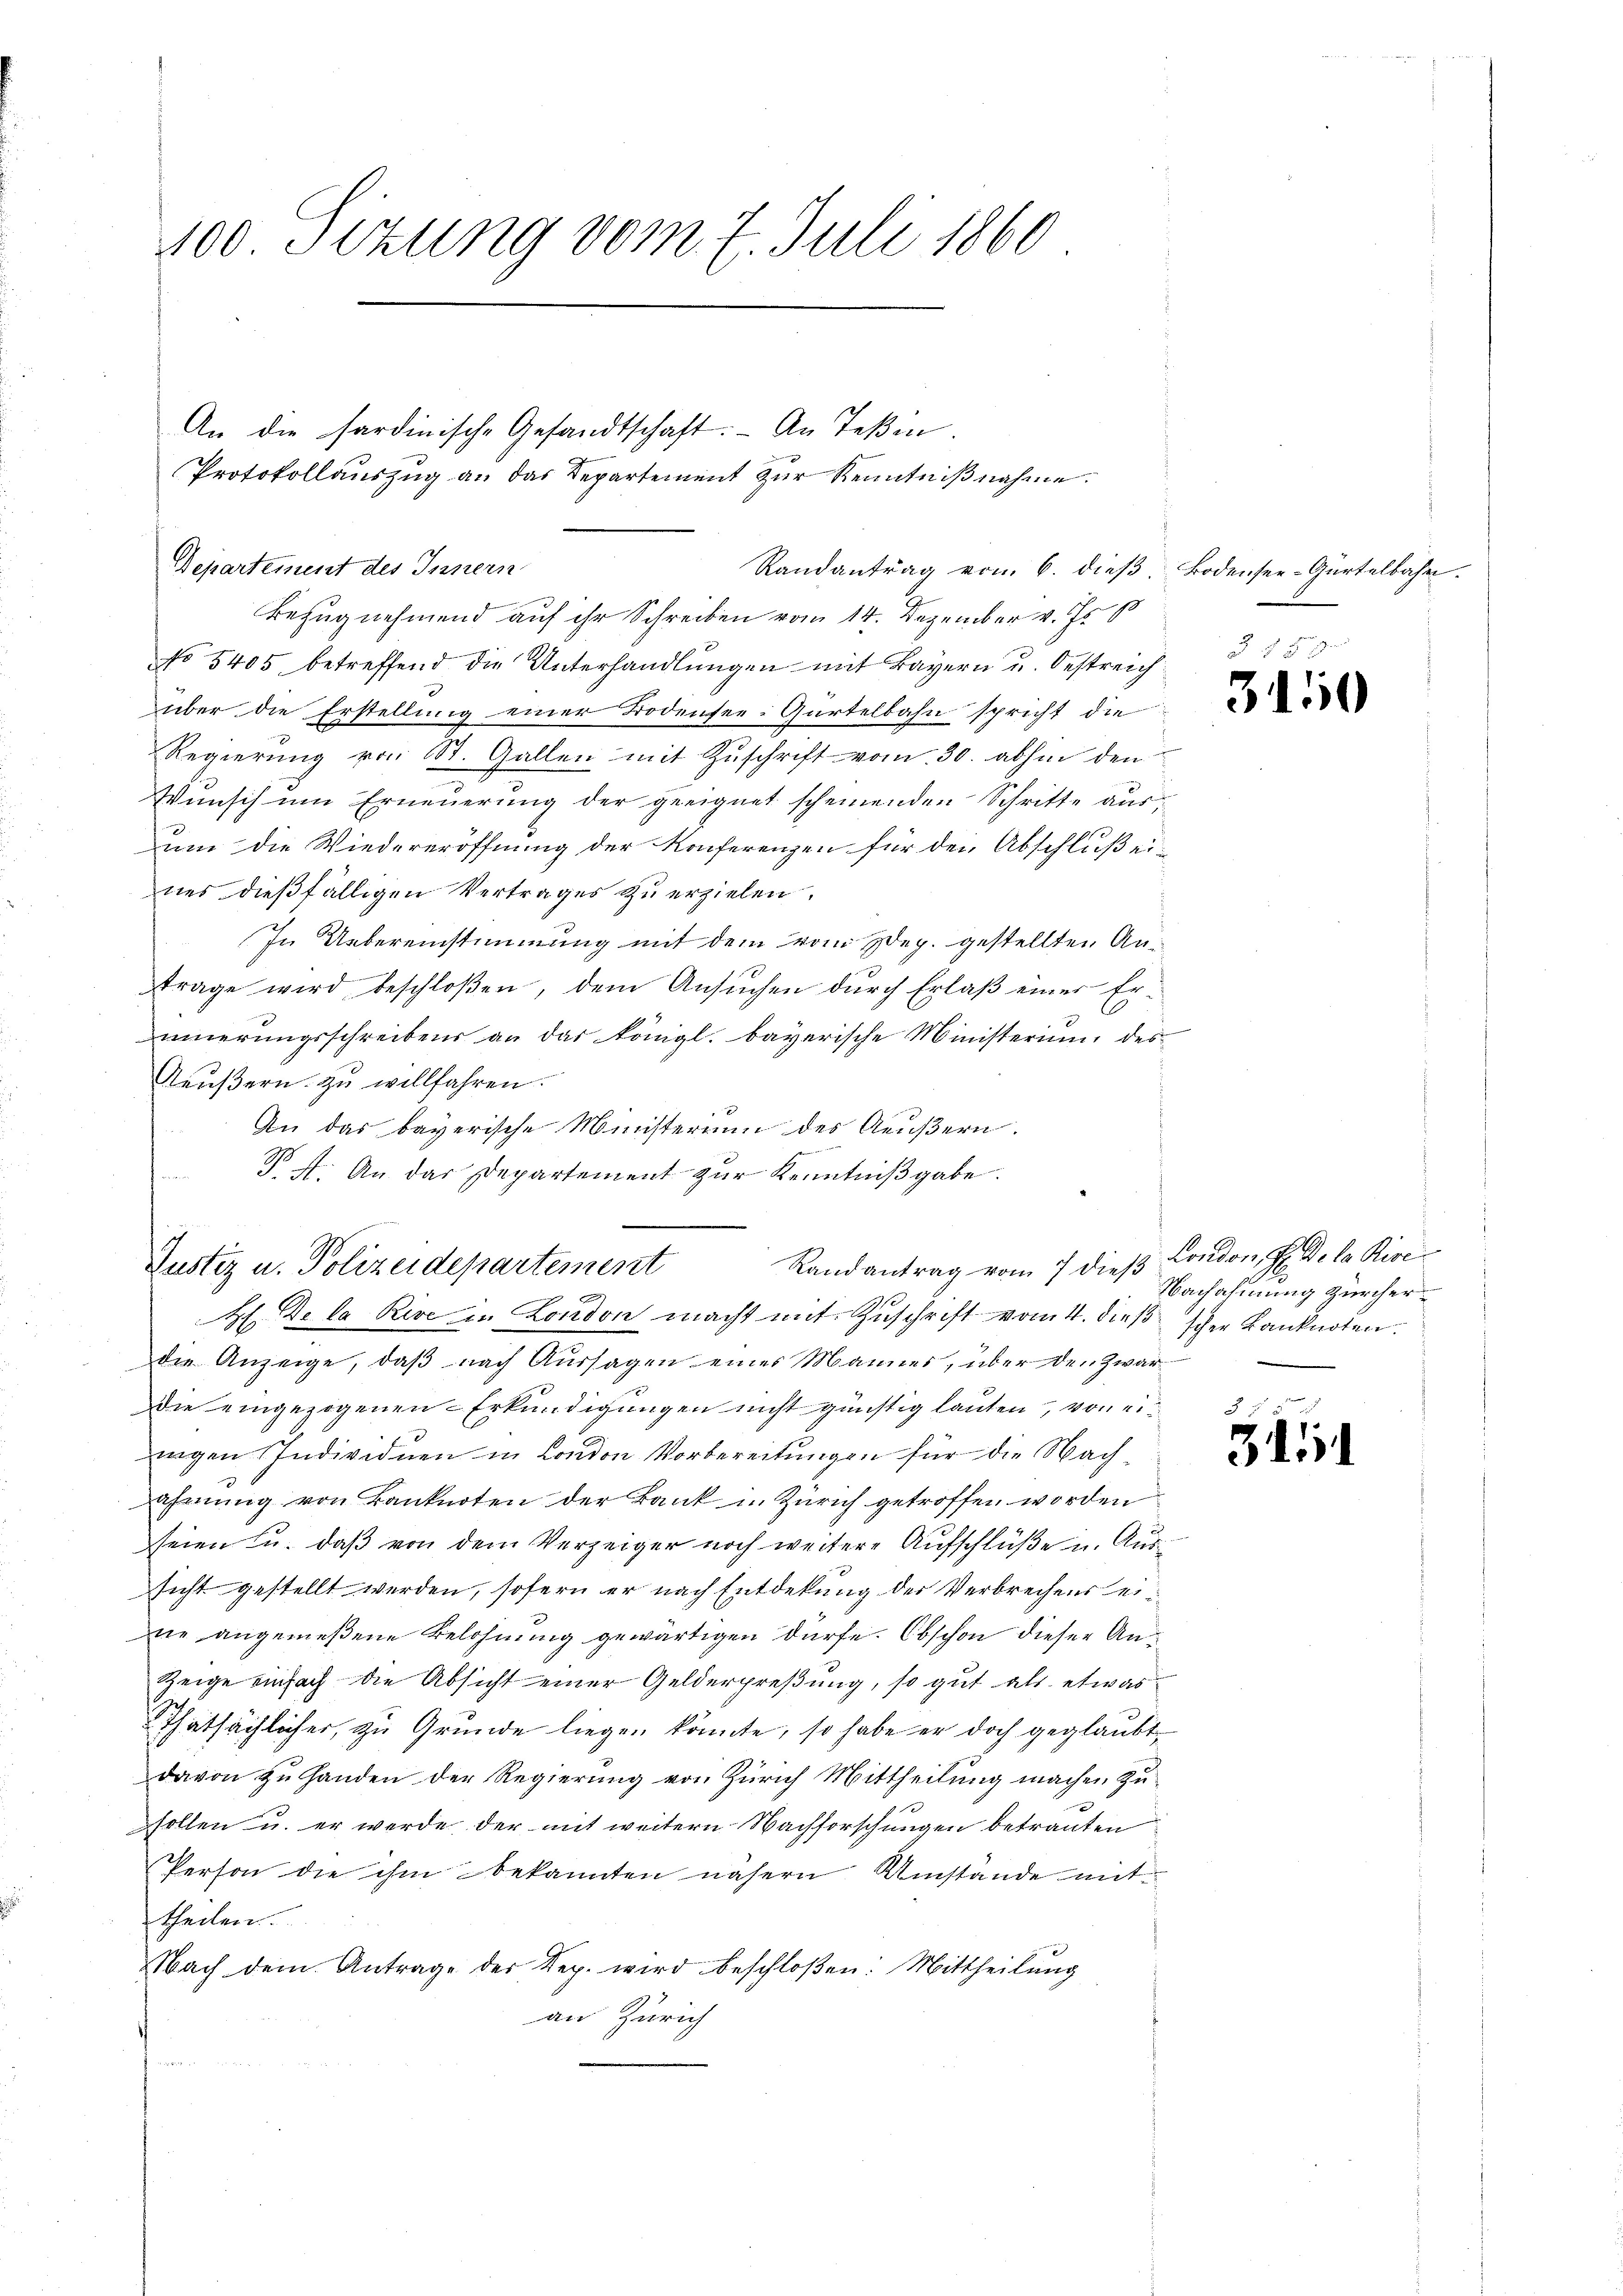
400. Sitzung vom 7. Juli 1860

Departement des Innern

Bezugnehmend auf ihr Schreiben vom 14. Dezember v. Js. s
No 5405, betreffend die Unterhandlungen mit Bayern u. Oestreich
über die Erstellung einer Bodensee-Gürtelbahn spricht die
Regierung von St. Gallen mit Zuschrift vom 30. abhin den
Wŭnsch ŭm Erneŭerŭng der geeignet scheinenden Schritte aŭs-
um die Wiedereröffnung der Konferenzen für den Abschluß eines dießfälligen Vertrages zu erzielen.
In Uebereinstimmung mit dem vom Weg. gestellten Antrage wird beschloßen, dem Ansuchen durch Erlaß einer Erinnerungsschreibens an das königl. bayerische Ministerium des
Teußern zu willfahren.
An das bayerische Ministerium des Aeŭβern.
N. f. An das Departement zŭr Kenntniβgabe.
.

An die sardinische Gesandtschaft. - An Teßin.
Protokollaŭszŭg an das Departement zŭr Kenntniβnahme.

Randantrag vom 6. dieβ. Bodensee-Gürtelbahn.

Justiz u. Polizeidepartement
Randantrag vom 7 die
H. De la Rive zu London macht mit Zuschrift vom 4. dieß scher Banknoten.

die Anzeige, daβ nach Aussagen eines Mannes, über den Zwar
die eingezogenen Erkundigungen nicht günstig lauten, von ei
.
nigen Individuen in London Vorbereitungen für die Nach
ahnŭng von Banknoten der Bank in Zürich getroffen worden
seien u. daß von dem Verzeiger noch weitere Aufschlüße u. Aussicht gestellt werden, sofern er nach Entdekung der Verbrechens eidie angemeßene Belohnung gewärtigen dürfe. Obschon dieser An¬
Zeige einfach die Absicht einer Gelderpreßung, so gut als etwas
Thatsächlicher, zu Grunde liegen könnte, so habe er doch geglaubt
davon zu Handen der Regierung von Zürich Mittheilung machen zu
sollen u. er werde der mit weitern Nachforschungen betrauten
Person die ihm bekannten nähern Umstände mit
theilen.
Nach dem Antrage der Rep. wird beschloßen: Mittheilung
an Zürich

3150

13. London, Hr. De la Rivi
Nachahmung Zürcher¬

8
3454